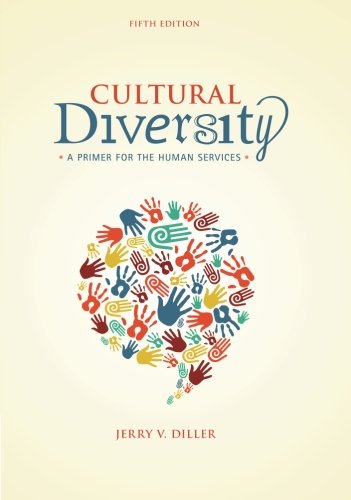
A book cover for Cultural Diversity: A Primer for the Human Services; Jerry V. Diller; History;